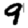
Digit: 9